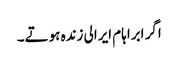
اگر ابراہام ایرالی زندہ ہوتے۔